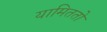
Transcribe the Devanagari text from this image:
यामिततो